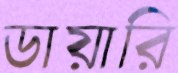
ডায়ারি